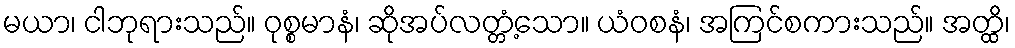
မယာ၊ ငါဘုရားသည်။ ဝုစ္စမာနံ၊ ဆိုအပ်လတ္တံ့သော။ ယံဝစနံ၊ အကြင်စကားသည်။ အတ္ထိ၊